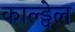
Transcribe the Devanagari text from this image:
काल्ड्वेल